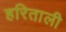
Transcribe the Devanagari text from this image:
हरिताली